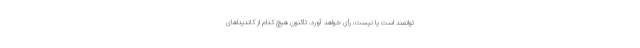
توانمند است یا نیست، رأی خواهد آورد. تاکنون هیچ کدام از کاندیداهای